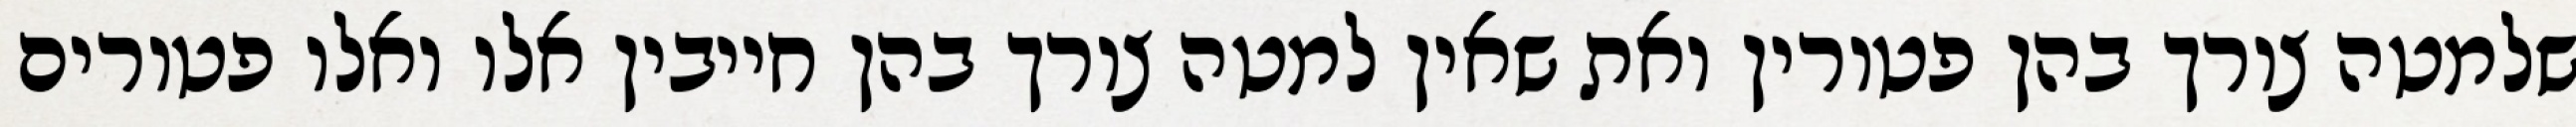
שלמטה צורך בהן פטורין ואת שאין למטה צורך בהן חייבין אלו ואלו פטורים